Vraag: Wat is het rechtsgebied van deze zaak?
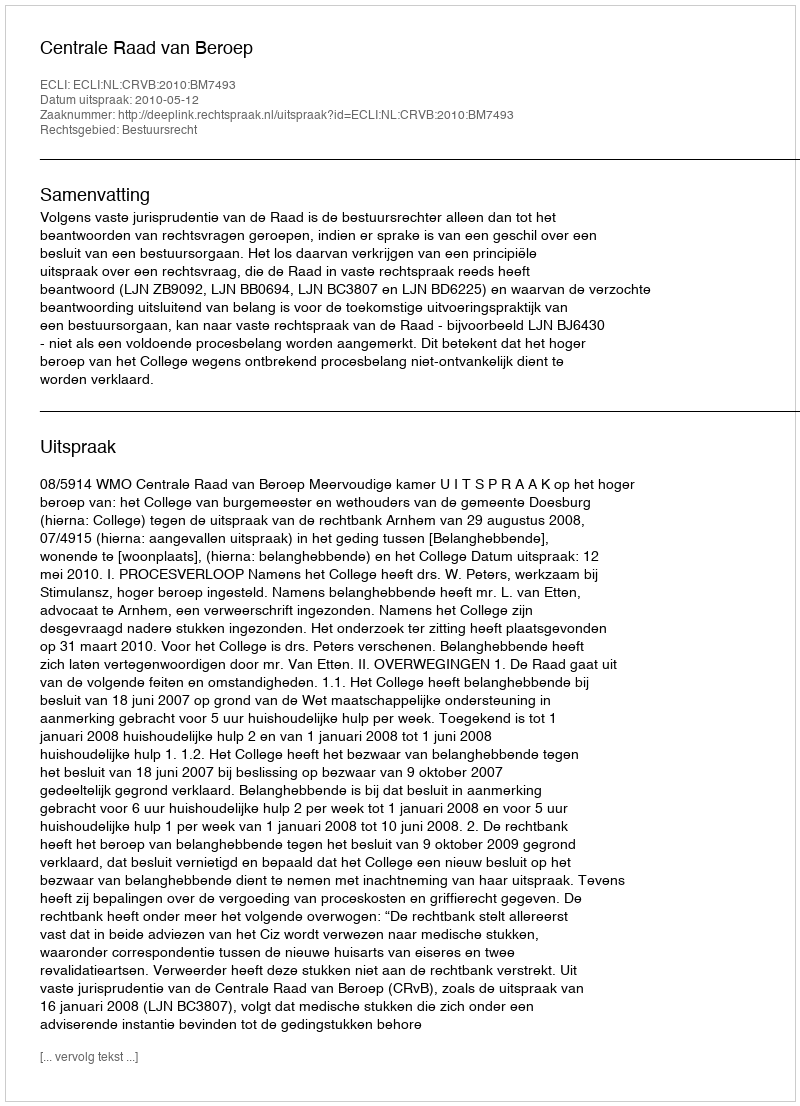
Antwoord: Bestuursrecht